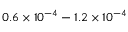
0 . 6 \times 1 0 ^ { - 4 } - 1 . 2 \times 1 0 ^ { - 4 }